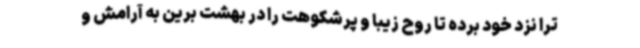
ترا نزد خود برده تا روح زیبا و پرشکوهت را در بهشت برین به آرامش و